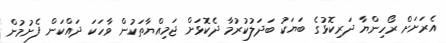
އެރަށަށް ރޯހިންޔާ ދަރިކޮޅުގެ ބަޔަކު ބަދަލުކުރުމާ ދެކޮޅަށް ޖަމިއްޔާތަކުން ވާހަކަ ދައްކަން ފެށުމުން